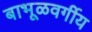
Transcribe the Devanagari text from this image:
बाभूळवर्गीय